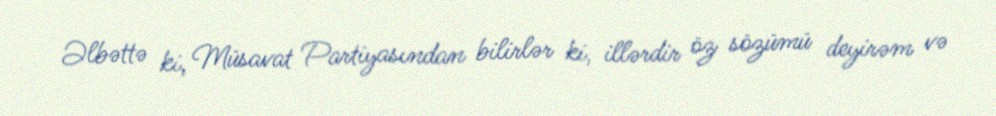
Əlbəttə ki, Müsavat Partiyasından bilirlər ki, illərdir öz sözümü deyirəm və